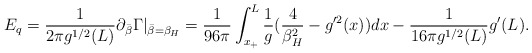
\begin{align*}E_q={1 \over 2\pi g^{1/2}(L)} \partial_{\bar\beta} \Gamma |_{\bar{\beta}=\beta_H}={1 \over 96\pi}\int_{x_+}^{L}{1 \over g}({4 \over \beta^2_H}-g'^2(x))dx-{1 \over 16\pi g^{1/2}(L)}g'(L) .\end{align*}